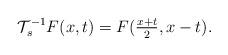
LaTeX: \begin{align*}\mathcal{T}_s^{-1} F(x,t) = F(\tfrac{x+t}{2},x-t).\end{align*}